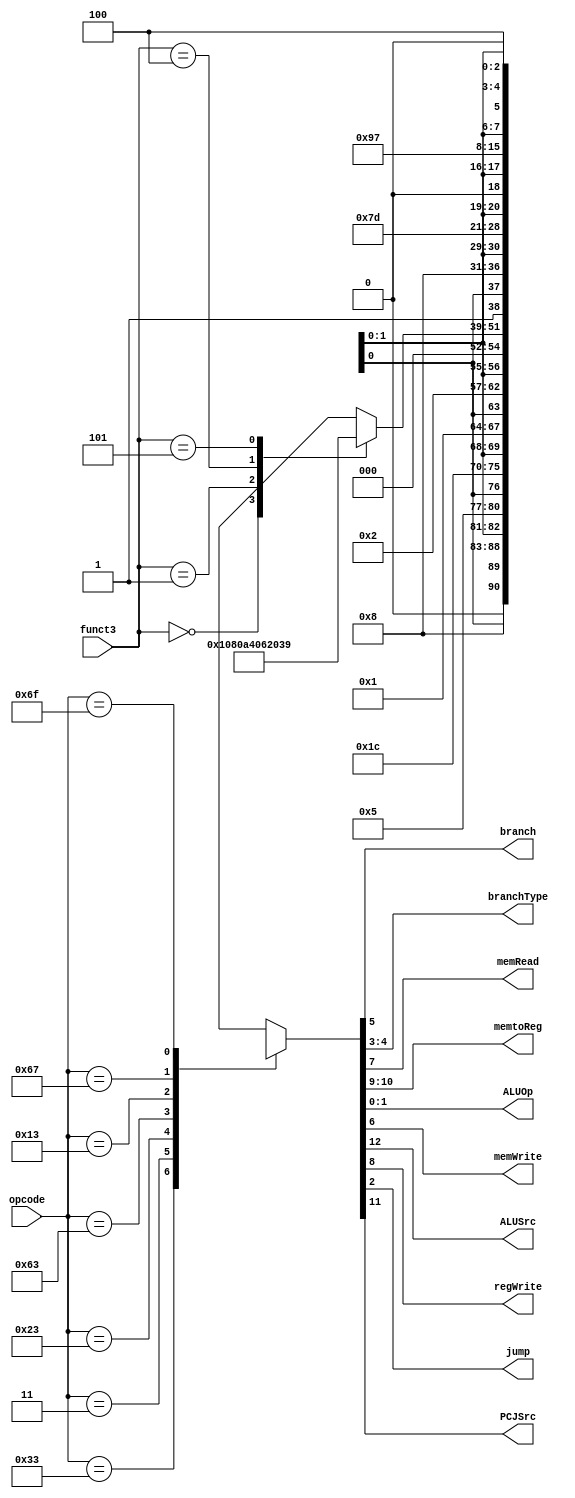
module Control (
    input [6:0] opcode,
    input [2:0] funct3,
    output reg branch,
    output reg [1:0] branchType,
    output reg memRead,
    output reg [1:0] memtoReg, // WBSel 00/01/1x, ASel memtoReg[0]
    output reg [1:0] ALUOp,
    output reg memWrite,
    output reg ALUSrc,
    output reg regWrite,
    output reg jump,
    output reg PCJSrc
);
    
    reg [12:0] ctrl;
    assign {ALUSrc, PCJSrc, memtoReg, regWrite, memRead, memWrite, branch, branchType, jump, ALUOp} = ctrl;

    always @(*) begin
        case(opcode)
            7'b0110011: ctrl = 13'b0_x_00_1_0_0_0_xx_0__10; // R-type
            7'b0000011: ctrl = 13'b1_x_01_1_1_0_0_xx_0__00; // I-type (Load)
            7'b0100011: ctrl = 13'b1_x_00_0_0_1_0_xx_0__00; // S-type
            7'b1100011: case(funct3) // B-type
                3'b000 : ctrl = 13'b0_0_00_0_0_0_1_00_0_01; // beq
                3'b001 : ctrl = 13'b0_0_00_0_0_0_1_01_0_01; // bne
                3'b100 : ctrl = 13'b0_0_00_0_0_0_1_10_0_01; // blt
                3'b101 : ctrl = 13'b0_0_00_0_0_0_1_11_0_01; // bge
                default: ctrl = 13'bx_x_xx_x_x_x_x_xx_x_xx;
            endcase
            7'b0010011: ctrl = 13'b1_x_00_1_0_0_0_xx_0_11; // I-type (Arith)
            7'b1100111: ctrl = 13'b1_1_10_1_x_x_0_xx_1_00; // jalr
            7'b1101111: ctrl = 13'b1_0_11_1_x_x_0_xx_1_00; // jal
            default:    ctrl = 13'bx_x_xx_x_x_x_x_xx_x_xx;
        endcase
    end

endmodule